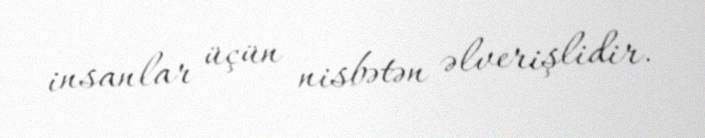
insanlar üçün nisbətən əlverişlidir.